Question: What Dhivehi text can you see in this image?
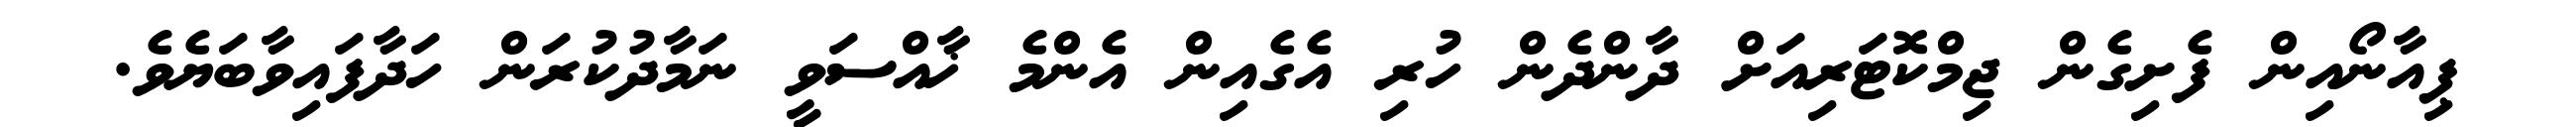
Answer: ޕިއާނޯއިން ފެށިގެން ޖިމްކޮޓަރިއަށް ދާންދެން ހުރި އެގެއިން އެންމެ ޚާއްސަވީ ނަމާދުކުރަން ހަދާފައިވާބަޔެވެ.